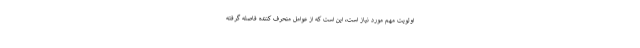
اولویت مهم مورد نیاز است، این است که از عوامل منحرف کننده فاصله گرفته